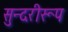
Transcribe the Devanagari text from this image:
सुन्दरीरूप